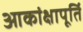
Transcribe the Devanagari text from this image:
आकांक्षापूर्ति